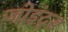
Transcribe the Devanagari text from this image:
जोइंट्स